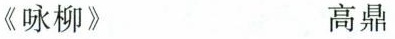
《咏柳》 高鼎